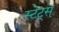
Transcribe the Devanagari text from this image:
स्टेट्स्